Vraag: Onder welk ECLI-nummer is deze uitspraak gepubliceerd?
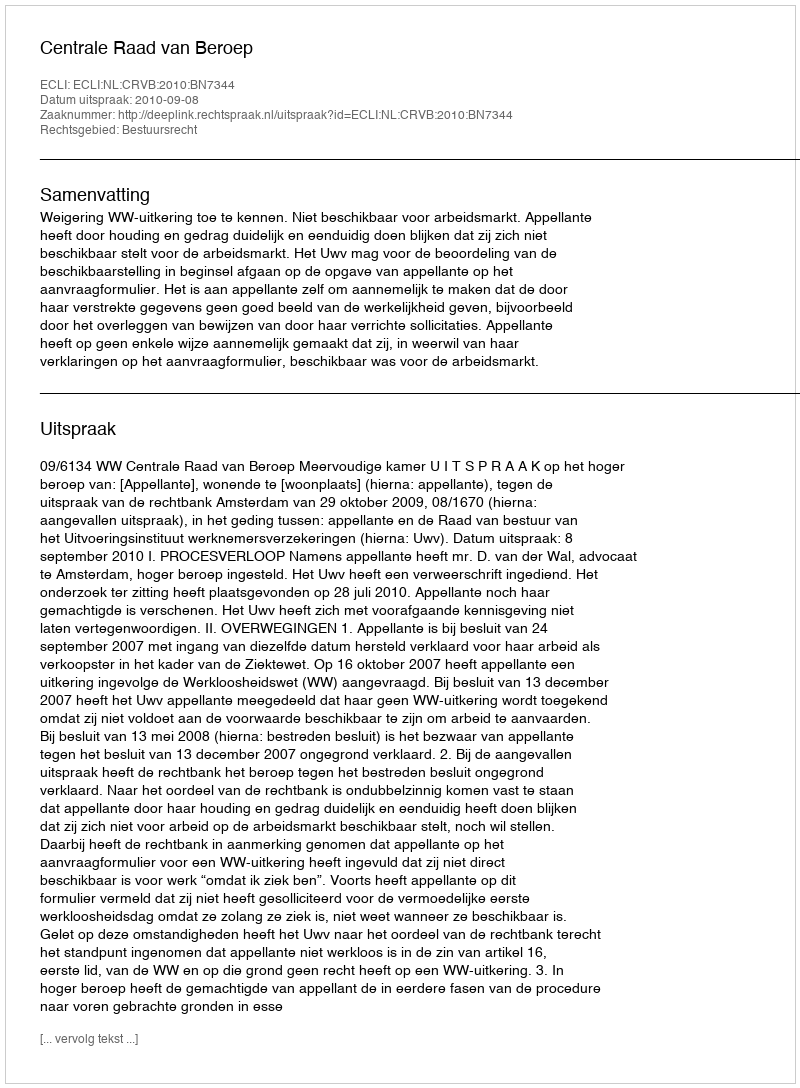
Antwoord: ECLI:NL:CRVB:2010:BN7344